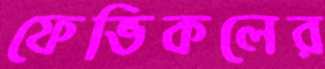
ফেভিকলের